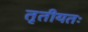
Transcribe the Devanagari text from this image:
तृतीयतः